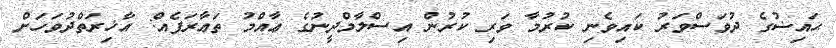
ޙައިޟުގެ ދުވަސްވަރު ކައިވެނި ކުރުމާ ވަރި ކުރުން އިސްލާމްދީނުގެ ޢާއްމު ތަޢާރަފެއް: އާޚިރަތްދުވަހަށް